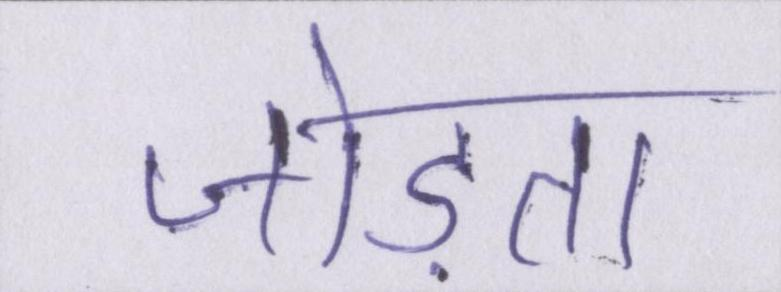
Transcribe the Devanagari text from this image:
जोड़ता